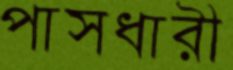
পাসধারী